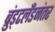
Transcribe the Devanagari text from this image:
ब्रुंड्टलँडनंतर